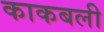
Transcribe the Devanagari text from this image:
काकबली